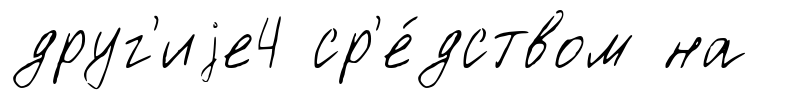
друг'иjе4 ср'е́дством на